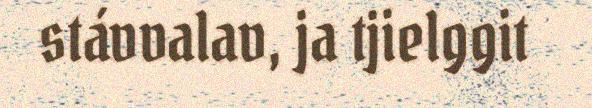
stávvalav, ja tjielggit